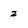
Character: 2